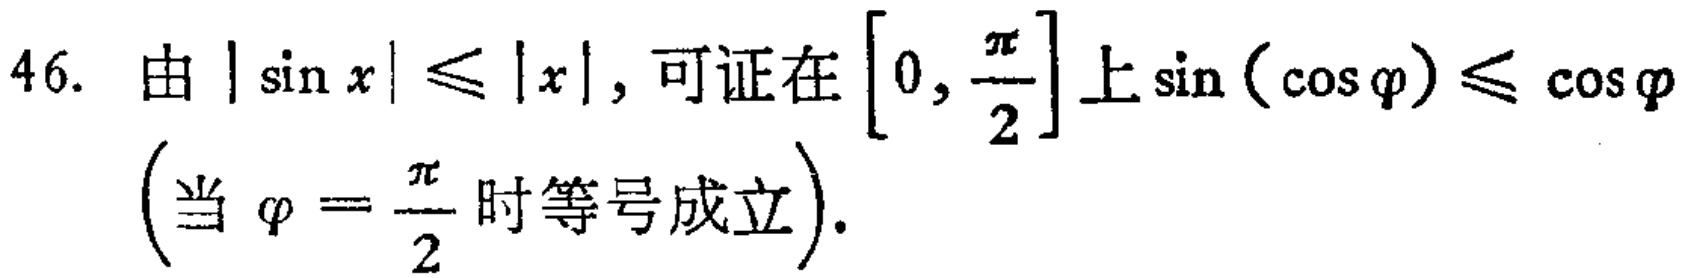
46. 由\(|\sin x|\leq|x|\)，可证在\(\left[0, \frac{\pi}{2}\right]\)上\(\sin(\cos\varphi)\leq\cos\varphi\)（当\(\varphi = \frac{\pi}{2}\)时等号成立）.